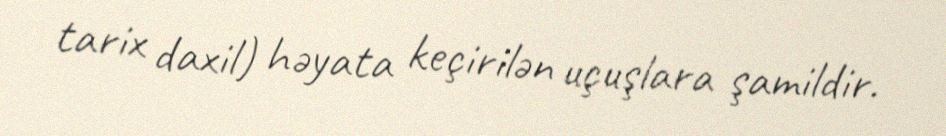
tarix daxil) həyata keçirilən uçuşlara şamildir.